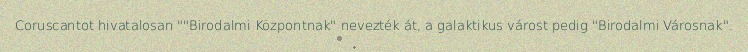
Coruscantot hivatalosan ""Birodalmi Központnak" nevezték át, a galaktikus várost pedig "Birodalmi Városnak".